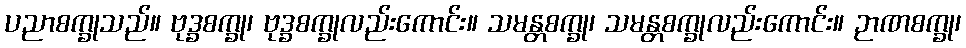
ပညာစက္ခုသည်။ ဗုဒ္ခစက္ခု၊ ဗုဒ္ခစက္ခုလည်းကောင်း။ သမန္တစက္ခု၊ သမန္တစက္ခုလည်းကောင်း။ ဉာဏစက္ခု၊